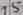
Text: 15